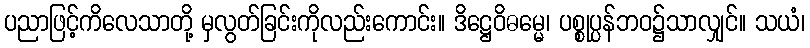
ပညာဖြင့်ကိလေသာတို့ မှလွတ်ခြင်းကိုလည်းကောင်း။ ဒိဋ္ဌေဝိဓမ္မေ၊ ပစ္စုပ္ပန်ဘဝ၌သာလျှင်။ သယံ၊